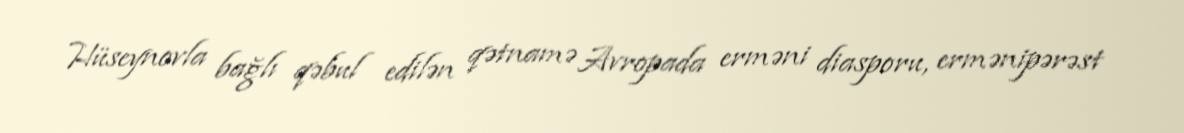
Hüseynovla bağlı qəbul edilən qətnamə Avropada erməni diasporu, ermənipərəst